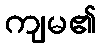
ကျမ၏